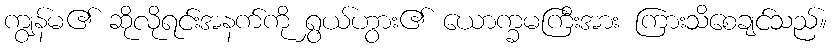
ကျွန်မ၏ ဆိုလိုရင်းအနက်ကို ရွှယ်ဟွား၏ ယောက္ခမကြီးအား ကြားသိစေချင်သည်။